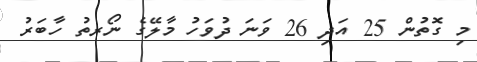
މި ގޮތުން 25 އަދި 26 ވަނަ ދުވަހު މާލޭގެ ނޯރތު ހާބަރު